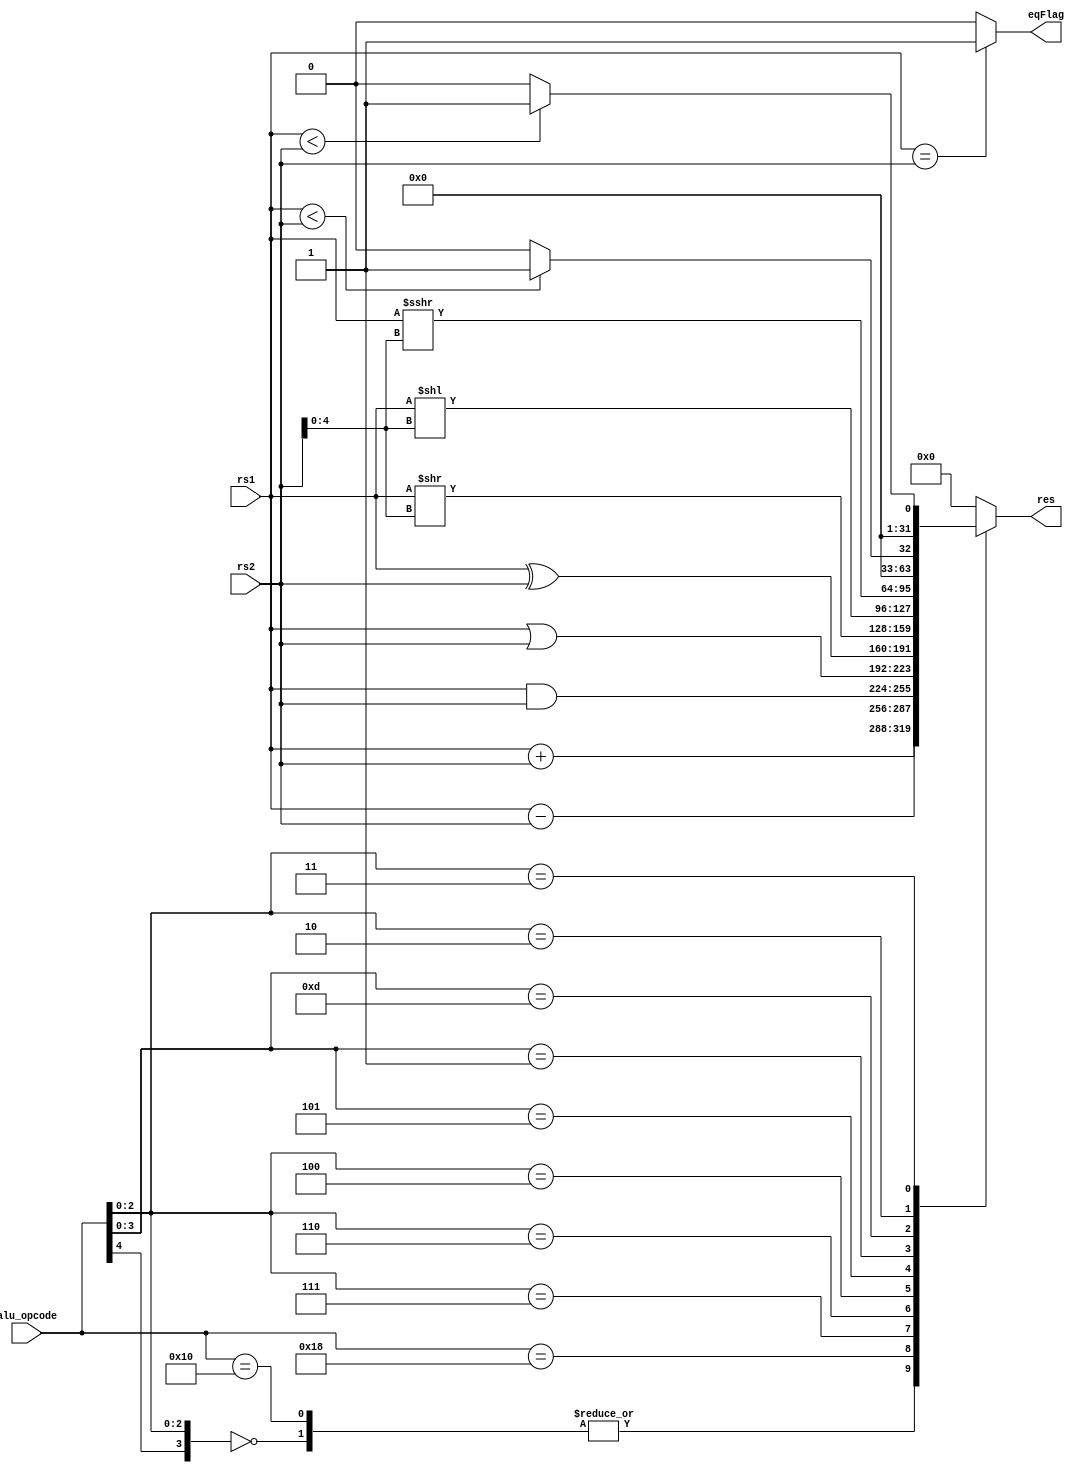
module alu(
    input [31:0] rs1,
    input [31:0] rs2,
    input [4:0] alu_opcode, // {opcode[5], funct7[5], funct3[2:0]}
    output reg [31:0] res,
    output eqFlag
);
    always @(rs1, rs2, alu_opcode) begin
        casex(alu_opcode)
            5'b0x000: res = rs1 + rs2; //ADDI
            5'b10000: res = rs1 + rs2; //ADD
            5'b11000: res = rs1 - rs2; //SUB
            5'bxx111: res = rs1 & rs2; //AND / ANDI
            5'bxx110: res = rs1 | rs2; //OR / ORI
            5'bxx100: res = rs1 ^ rs2; //XOR / XORI
            5'bx0101: res = rs1 >> rs2[4:0]; //SRL / SRLI
            5'bx0001: res = rs1 << rs2[4:0]; //SLL / SLLI
            5'bx1101: res = rs1 >>> rs2[4:0]; //SRA / SRAI
            5'bxx010: if ($signed(rs1) < $signed(rs2)) res = 1; else res = 0; //SLT / SLTI
            5'bxx011: if (rs1 < rs2) res = 1; else res = 0; //SLTU / SLTIU
            default: res = 0;
        endcase
        $display("ALU_inputs %d, %d, %d, %d", $signed(rs1), $signed(rs2), alu_opcode, $signed(res));
    end

    assign eqFlag = (rs1 == rs2)? 1 : 0;
endmodule